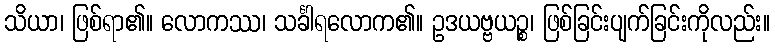
သိယာ၊ ဖြစ်ရာ၏။ လောကဿ၊ သင်္ခါရလောက၏။ ဥဒယဗ္ဗယဉ္စ၊ ဖြစ်ခြင်းပျက်ခြင်းကိုလည်း။